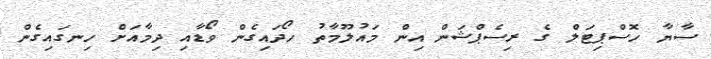
ސާޔާ ހޮސްޕިޓަލް ގެ ރިސެޕްޝަން އިން މައުލޫމާތު ހޯދައިގެން ވޯޑާއި ދިމާއަށް ހިނގައިގެން